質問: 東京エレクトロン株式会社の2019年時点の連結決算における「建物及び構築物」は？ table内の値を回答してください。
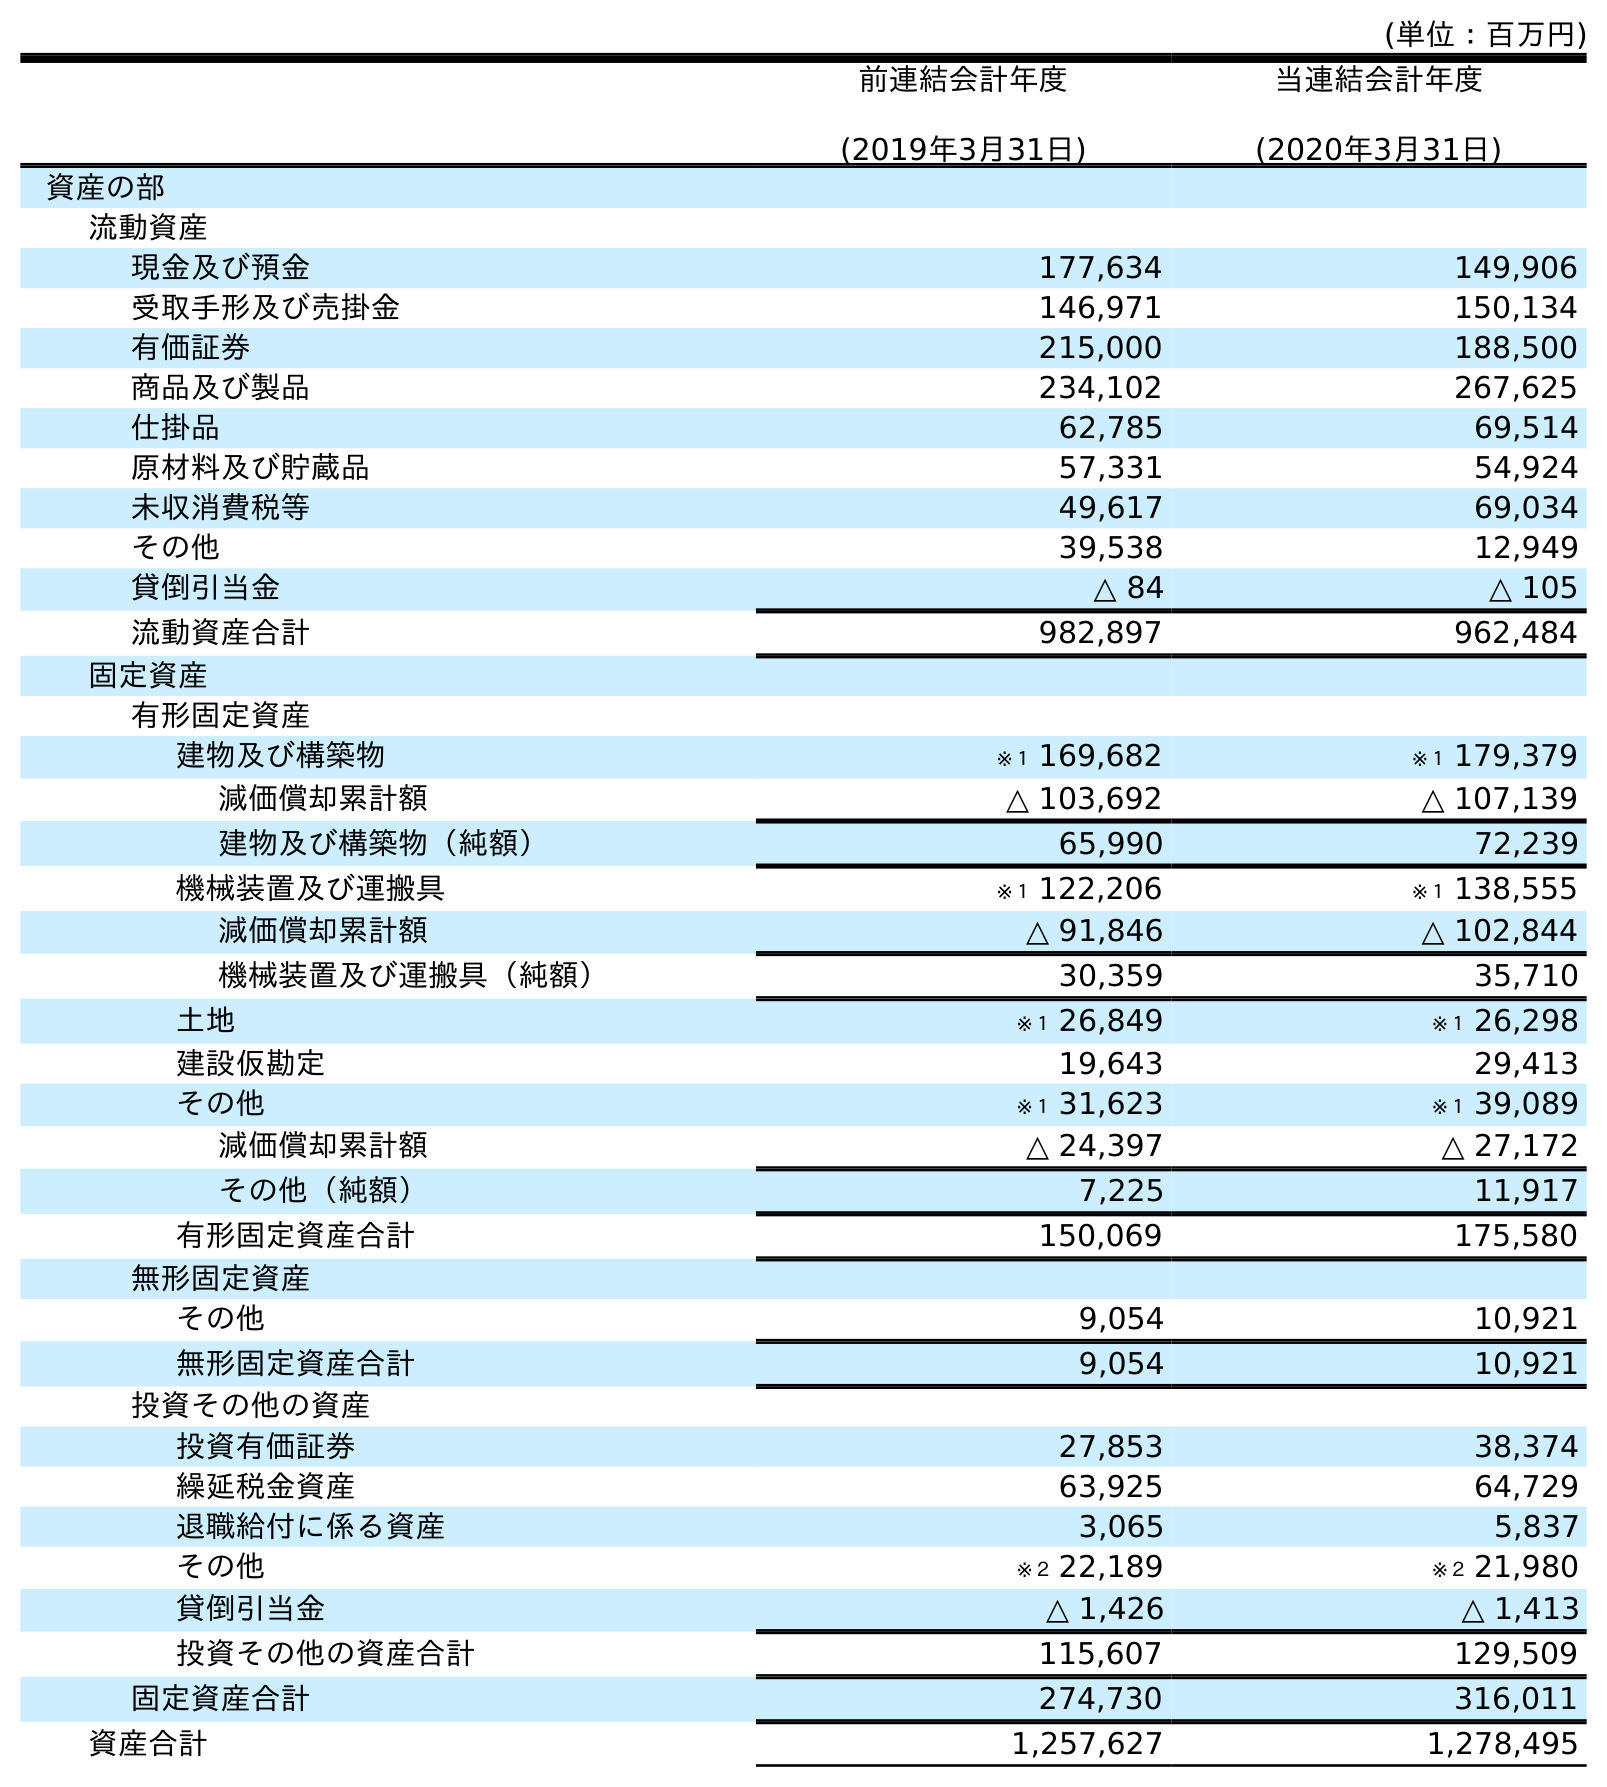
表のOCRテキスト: (単位：百万円) 前連結会計年度 (2019年3月31日) 当連結会計年度 (2020年3月31日) 資産の部 流動資産 現金及び預金 177,634 149,906 受取手形及び売掛金 146,971 150,134 有価証券 215,000 188,500 商品及び製品 234,102 267,625 仕掛品 62,785 69,514 原材料及び貯蔵品 57,331 54,924 未収消費税等 49,617 69,034 その他 39,538 12,949 貸倒引当金 △ 84 △ 105 流動資産合計 982,897 962,484 固定資産 有形固定資産 建物及び構築物 ※１ 169,682 ※１ 179,379 減価償却累計額 △ 103,692 △ 107,139 建物及び構築物（純額） 65,990 72,239 機械装置及び運搬具 ※１ 122,206 ※１ 138,555 減価償却累計額 △ 91,846 △ 102,844 機械装置及び運搬具（純額） 30,359 35,710 土地 ※１ 26,849 ※１ 26,298 建設仮勘定 19,643 29,413 その他 ※１ 31,623 ※１ 39,089 減価償却累計額 △ 24,397 △ 27,172 その他（純額） 7,225 11,917 有形固定資産合計 150,069 175,580 無形固定資産 その他 9,054 10,921 無形固定資産合計 9,054 10,921 投資その他の資産 投資有価証券 27,853 38,374 繰延税金資産 63,925 64,729 退職給付に係る資産 3,065 5,837 その他 ※２ 22,189 ※２ 21,980 貸倒引当金 △ 1,426 △ 1,413 投資その他の資産合計 115,607 129,509 固定資産合計 274,730 316,011 資産合計 1,257,627 1,278,495
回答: ※１169,682